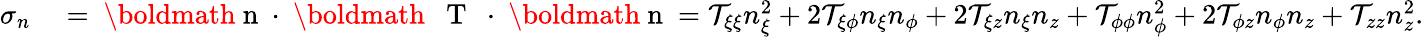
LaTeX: \begin{array}{rl}{\sigma_{n}}&{{}={\mathrm{~\boldmath~n~}}\cdot{\mathrm{~\boldmath~\mathcal~{~T~}~}}\cdot{\mathrm{~\boldmath~n~}}=\mathcal{T}_{\xi\xi}n_{\xi}^{2}+2\mathcal{T}_{\xi\phi}n_{\xi}n_{\phi}+2\mathcal{T}_{\xi z}n_{\xi}n_{z}+\mathcal{T}_{\phi\phi}n_{\phi}^{2}+2\mathcal{T}_{\phi z}n_{\phi}n_{z}+\mathcal{T}_{zz}n_{z}^{2}.}\end{array}